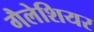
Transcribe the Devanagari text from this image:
गैलेशियर